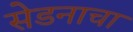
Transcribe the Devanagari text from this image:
सेडनाचा